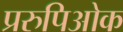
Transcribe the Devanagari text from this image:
प्ररुपिओक